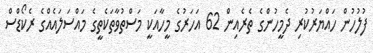
ފުލުހުން ހައްޔަރުކުރި ދެމީހުންގެ ތެރެއިން 62 އަހަރުގެ މީހާއަކީ މަސްތުވާތަކެތީގެ މައްސަލައެއްގެ ރެކޯޑްސް